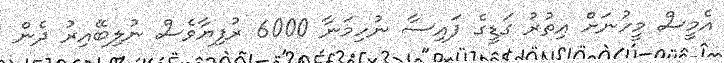
އެމީސް މީހުނަށް އިތުރު ގަޑީގެ ފައިސާ ނުހިމަނާ 6000 ރުފިޔާވެސް ނުލިބޭއިރު ދެން